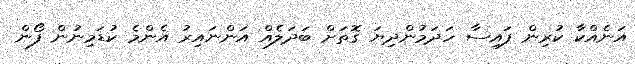
އަނެއްކާ ކުރިން ފައިސާ ހަދަމުންދިޔަ ގޮތަށް ބަދަލެއް އަންނައިރު އެންމެ ކުޑަމިނުން ފޯން